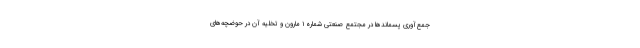
جمع‌آوری پسماندها در مجتمع صنعتی شماره ۱ مارون و تخلیه آن در حوضچه‌های